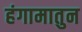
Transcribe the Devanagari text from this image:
हंगामातुन